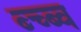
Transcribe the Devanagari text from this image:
ब्च्ब्व